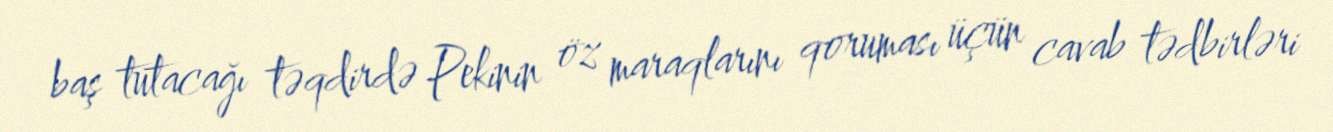
baş tutacağı təqdirdə Pekinin öz maraqlarını qoruması üçün cavab tədbirləri